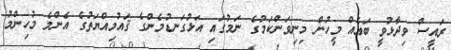
ރައީސް ވިދާޅުވީ ބައެއް މީހުން މިނިވަންކަމުގެ ނަމުގައި އަޅުގަނޑުމެންގެ ޤައުމިއްޔަތުގެ އެންމެ މުހިންމު